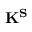
\mathbf { K ^ { S } }